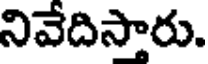
నివేదిస్తారు.